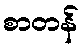
စာတန်